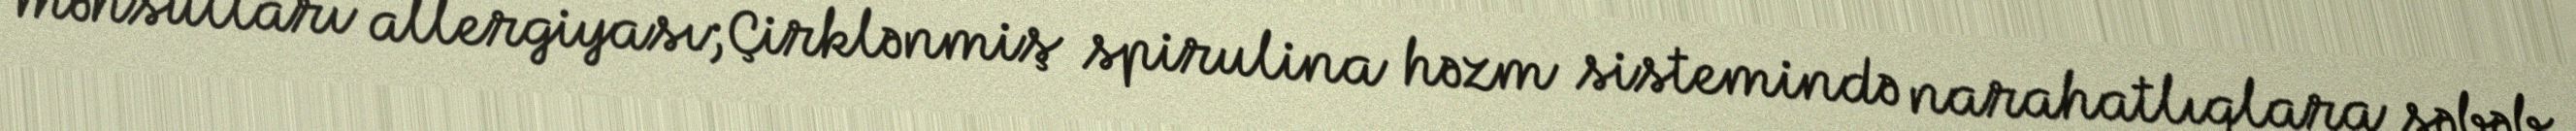
məhsulları allergiyası;Çirklənmiş spirulina həzm sistemində narahatlıqlara səbəb